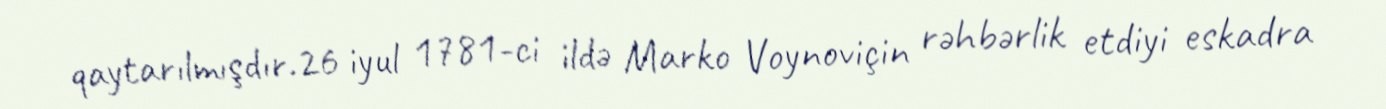
qaytarılmışdır.26 iyul 1781-ci ildə Marko Voynoviçin rəhbərlik etdiyi eskadra